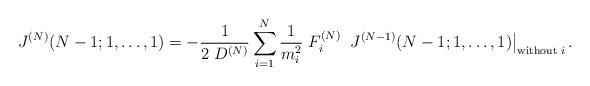
LaTeX: \begin{align*}J^{(N)}(N-1; 1, \ldots, 1)= -\frac{1}{2\; D^{(N)}}\sum\limits_{i=1}^N \frac{1}{m_i^2} \; F_i^{(N)} \;\left.J^{(N-1)}(N-1;1,\ldots, 1)\right|_{\mbox{\scriptsize without}\; i} .\end{align*}